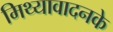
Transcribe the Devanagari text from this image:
मिथ्यावादनके